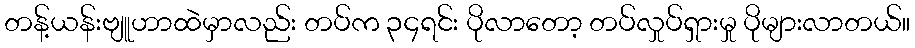
တန့်ယန်းဗျူဟာထဲမှာလည်း တပ်က ၃၄ရင်း ပိုလာတော့ တပ်လှုပ်ရှားမှု ပိုများလာတယ်။